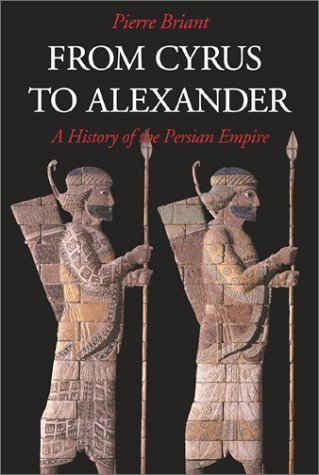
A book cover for From Cyrus to Alexander: A History of the Persian Empire; Pierre Briant; History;